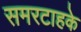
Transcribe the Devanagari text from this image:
समरटाहके